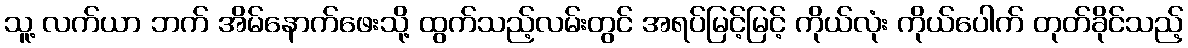
သူ့ လက်ယာ ဘက် အိမ်နောက်ဖေးသို့ ထွက်သည့်လမ်းတွင် အရပ်မြင့်မြင့် ကိုယ်လုံး ကိုယ်ပေါက် တုတ်ခိုင်သည့်